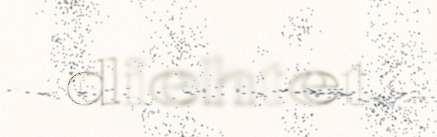
diehtet